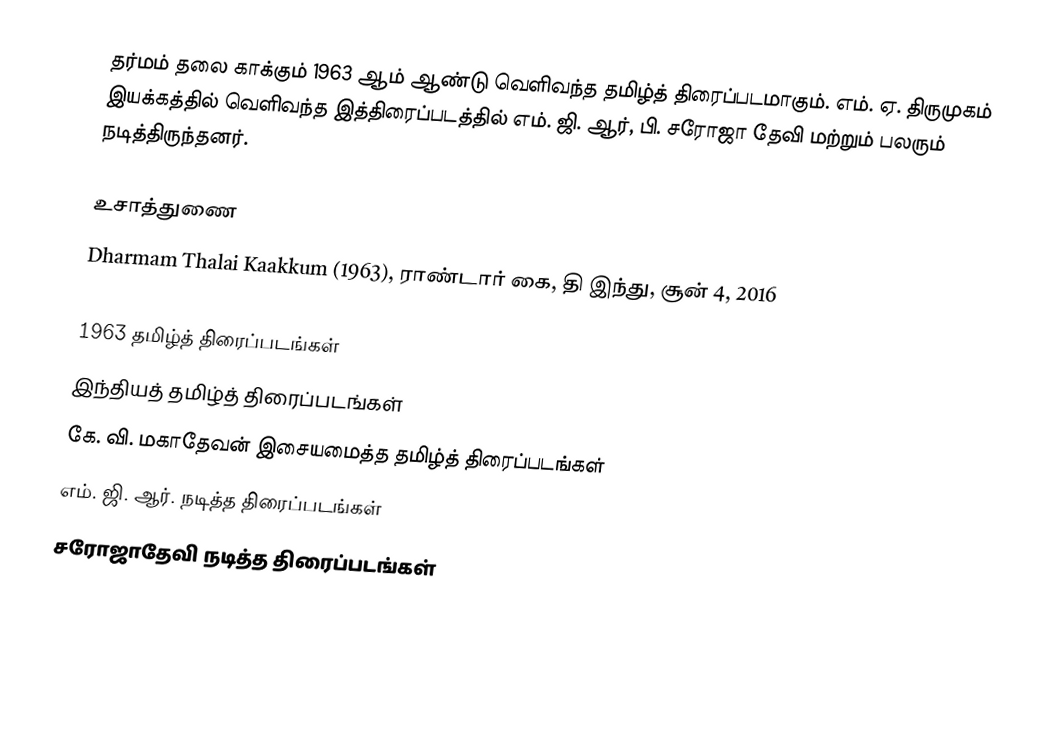
தர்மம் தலை காக்கும் 1963 ஆம் ஆண்டு வெளிவந்த தமிழ்த் திரைப்படமாகும். எம். ஏ. திருமுகம் இயக்கத்தில் வெளிவந்த இத்திரைப்படத்தில் எம். ஜி. ஆர், பி. சரோஜா தேவி மற்றும் பலரும் நடித்திருந்தனர்.

உசாத்துணை
Dharmam Thalai Kaakkum (1963), ராண்டார் கை, தி இந்து, சூன் 4, 2016

1963 தமிழ்த் திரைப்படங்கள்
இந்தியத் தமிழ்த் திரைப்படங்கள்
கே. வி. மகாதேவன் இசையமைத்த தமிழ்த் திரைப்படங்கள்
எம். ஜி. ஆர். நடித்த திரைப்படங்கள்
சரோஜாதேவி நடித்த திரைப்படங்கள்